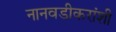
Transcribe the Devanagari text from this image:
नानवडीकरांशी